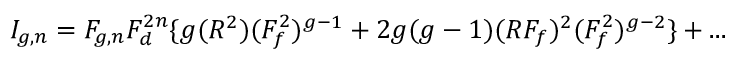
I _ { g , n } = F _ { g , n } F _ { d } ^ { 2 n } \{ g ( R ^ { 2 } ) ( F _ { f } ^ { 2 } ) ^ { g - 1 } + 2 g ( g - 1 ) ( R F _ { f } ) ^ { 2 } ( F _ { f } ^ { 2 } ) ^ { g - 2 } \} + . . .